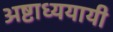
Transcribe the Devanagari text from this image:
अष्टाध्ययायी